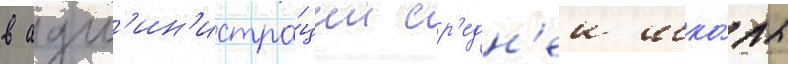
в адм'ин'истра́ции ср'едн'еи шко́лы